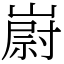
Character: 嶎